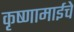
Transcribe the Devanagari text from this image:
कृष्णामाईचे